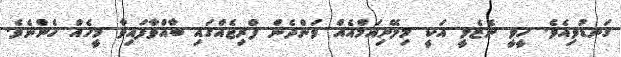
ގަނޑުވިއެވެ. ހީވީ ނެޒެލީ އަކީ މިލޭނިއަމްއެއް ވަންދެން ފްރިޖެއްގައި ބާއްވާފައިވާ މީހެއް ހެންނެވެ.